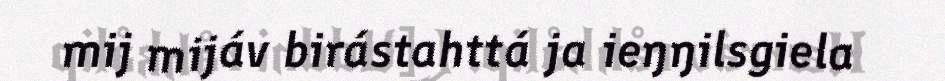
mij mijáv birástahttá ja ieŋŋilsgiela